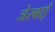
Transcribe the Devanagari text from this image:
जेरबाई